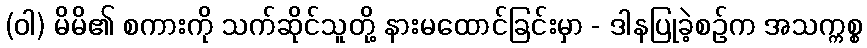
(ဝါ) မိမိ၏ စကားကို သက်ဆိုင်သူတို့ နားမထောင်ခြင်းမှာ - ဒါနပြုခဲ့စဉ်က အသက္ကစ္စ